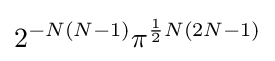
2^{-N(N-1)}\pi ^{{\frac {1}{2}}N(2N-1)}